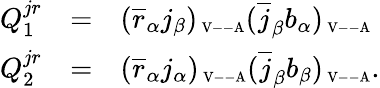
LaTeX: \begin{array}{rcl}{{Q_{1}^{jr}}}&{{=}}&{{(\overline{{{r}}}_{\alpha}j_{\beta})_{\mathrm{{\scriptsize~V--A}}}(\overline{{{j}}}_{\beta}b_{\alpha})_{\mathrm{{\scriptsize~V--A}}}}}\\ {{Q_{2}^{jr}}}&{{=}}&{{(\overline{{{r}}}_{\alpha}j_{\alpha})_{\mathrm{{\scriptsize~V--A}}}(\overline{{{j}}}_{\beta}b_{\beta})_{\mathrm{{\scriptsize~V--A}}}.}}\end{array}